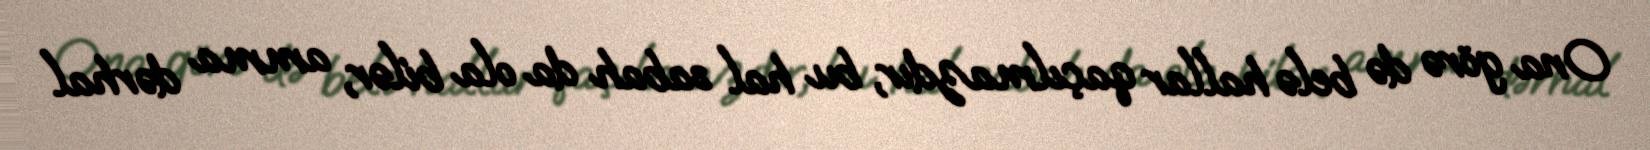
Ona görə də belə hallar qaçılmazdır, bu hal sabah da ola bilər, amma dərhal